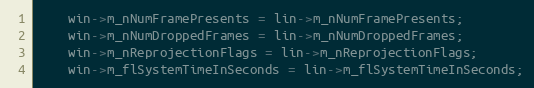
Language: C++
    win->m_nNumFramePresents = lin->m_nNumFramePresents;
    win->m_nNumDroppedFrames = lin->m_nNumDroppedFrames;
    win->m_nReprojectionFlags = lin->m_nReprojectionFlags;
    win->m_flSystemTimeInSeconds = lin->m_flSystemTimeInSeconds;